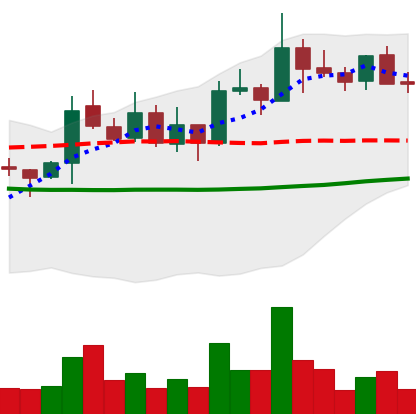
Ticker: XLM-USD
Chart end date: 2021-10-22
Forward return: -11.119%
Label: down_7plus